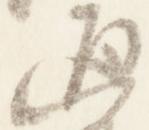
通